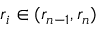
r _ { i } \in ( r _ { n - 1 } , r _ { n } )